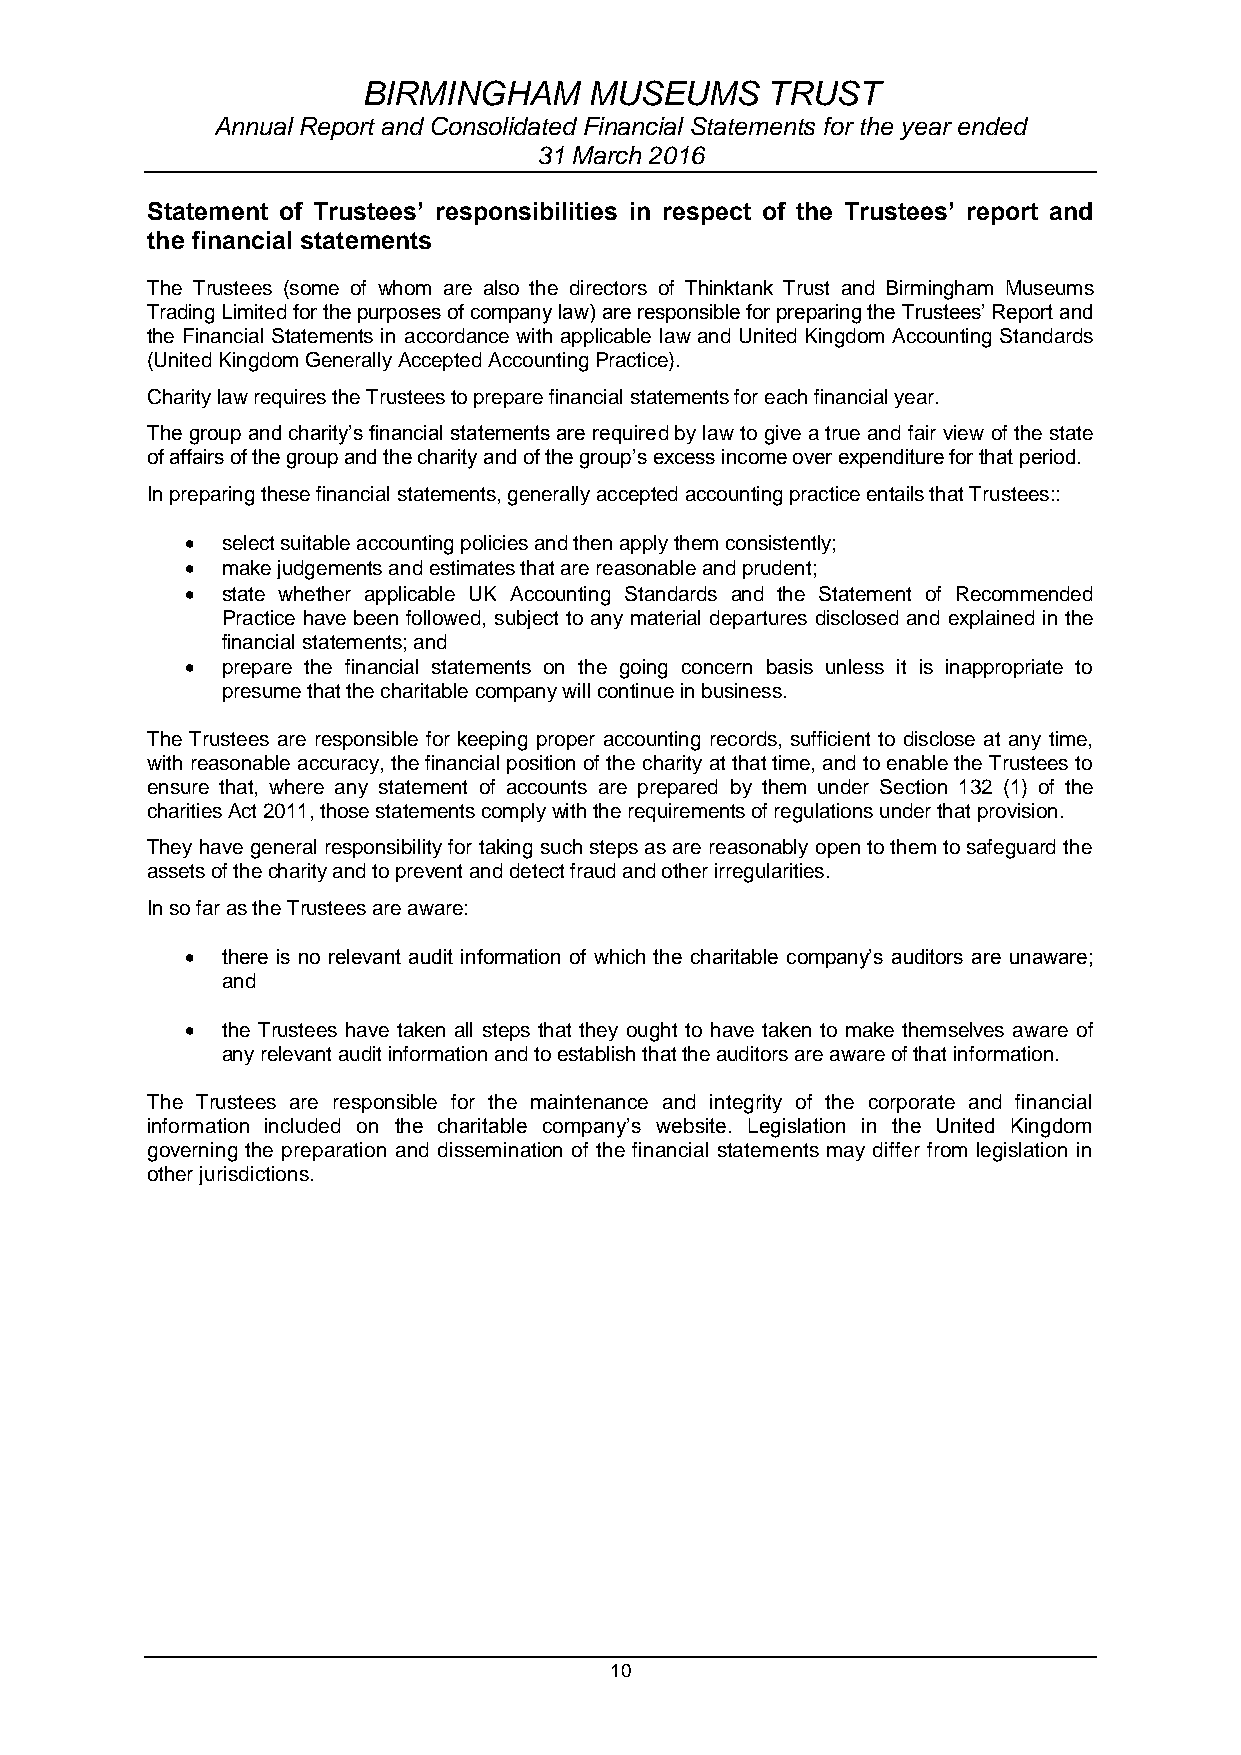
BIRMINGHAM     MUSEUMS     TRUST
 Annual Report and Consolidated Financial Statements for the year ended
 31 March 2016
 Statement of Trustees’ responsibilities in respect of the Trustees’ report and
 the financial statements
 The Trustees (some of whom are also the directors of Thinktank Trust and Birmingham Museums
 Trading Limited for the purposes of company law) are responsible for preparing the Trustees’ Report and
 the Financial Statements in accordance with applicable law and United Kingdom Accounting Standards
 (United Kingdom Generally Accepted Accounting Practice).
 Charity law requires the Trustees to prepare financial statements for each financial year.
 The group and charity’s financial statements are required by law to give a true and fair view of the state
 of affairs of the group and the charity and of the group’s excess income over expenditure for that period.
 In preparing these financial statements, generally accepted accounting practice entails that Trustees::
   select suitable accounting policies and then apply them consistently;
   make judgements and estimates that are reasonable and prudent;
   state whether applicable UK Accounting Standards and the Statement of Recommended
 Practice have been followed, subject to any material departures disclosed and explained in the
 financial statements; and
   prepare the financial statements on the going concern basis unless it is inappropriate to
 presume that the charitable company will continue in business.
 The Trustees are responsible for keeping proper accounting records, sufficient to disclose at any time,
 with reasonable accuracy, the financial position of the charity at that time, and to enable the Trustees to
 ensure that, where any statement of accounts are prepared by them under Section 132 (1) of the
 charities Act 2011, those statements comply with the requirements of regulations under that provision.
 They have general responsibility for taking such steps as are reasonably open to them to safeguard the
 assets of the charity and to prevent and detect fraud and other irregularities.
 In so far as the Trustees are aware:
   there is no relevant audit information of which the charitable company’s auditors are unaware;
 and
   the Trustees have taken all steps that they ought to have taken to make themselves aware of
 any relevant audit information and to establish that the auditors are aware of that information.
 The Trustees are responsible for the maintenance and integrity of the corporate and financial
 information included on the charitable company’s website. Legislation in the United Kingdom
 governing the preparation and dissemination of the financial statements may differ from legislation in
 other jurisdictions.
 10